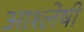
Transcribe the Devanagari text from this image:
आश्लेषी